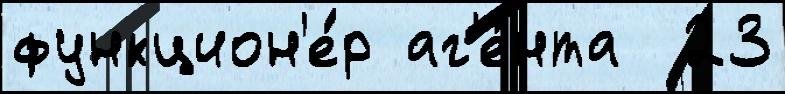
функцион'е́р аг'е́нта  23